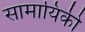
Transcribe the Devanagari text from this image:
सामायिकी